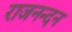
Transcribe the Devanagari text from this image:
राजनन्दन